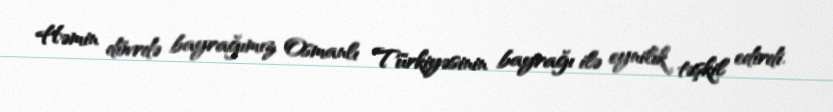
Həmin dövrdə bayrağımız Osmanlı Türkiyəsinin bayrağı ilə eynilik təşkil edirdi.